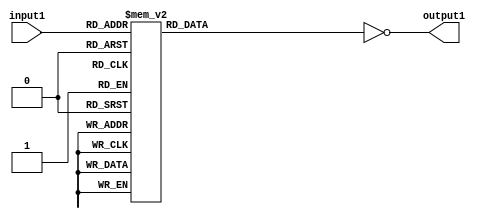
`timescale 1ns / 1ps
//////////////////////////////////////////////////////////////////////////////////
// Company: 
// Engineer: 
// 
// Design Name: 
// Module Name:    SevenSegDecoder 
// Project Name: 
// Target Devices: 
// Tool versions: 
// Description: 
//
// Dependencies: 
//
// Revision: 
// Revision 0.01 - File Created
// Additional Comments: 
//
//////////////////////////////////////////////////////////////////////////////////
module SevenSegDecoder(
    input [3:0] input1,
    output reg [6:0] output1
    );

always @(*) begin
case (input1)
	4'b0000 :      	//Hexadecimal 0
		output1 = 7'b1111110;
	4'b0001 :    		//Hexadecimal 1
		output1 = 7'b0110000;
	4'b0010 :  			// Hexadecimal 2
		output1 = 7'b1101101 ; 
	4'b0011 : 			// Hexadecimal 3
		output1 = 7'b1111001 ;
	4'b0100 :			// Hexadecimal 4
		output1 = 7'b0110011 ;
	4'b0101 :			// Hexadecimal 5
		output1 = 7'b1011011 ;  
	4'b0110 :			// Hexadecimal 6
		output1 = 7'b1011111 ;
	4'b0111 :			// Hexadecimal 7
		output1 = 7'b1110000;
	4'b1000 :     		//Hexadecimal 8
		output1 = 7'b1111111;
	4'b1001 :    		//Hexadecimal 9
		output1 = 7'b1111011 ;
	4'b1010 :  			// Hexadecimal A
		output1 = 7'b1110111 ; 
	4'b1011 : 			// Hexadecimal B
		output1 = 7'b0011111;
	4'b1100 :			// Hexadecimal C
		output1 = 7'b1001110 ;
	4'b1101 :			// Hexadecimal D
		output1 = 7'b0111101 ;
	4'b1110 :			// Hexadecimal E
		output1 = 7'b1001111 ;
	4'b1111 :			// Hexadecimal F
		output1 = 7'b1000111 ;
endcase
	output1 = ~output1;
end


endmodule